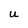
Character: U